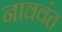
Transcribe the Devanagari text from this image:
नाववंत